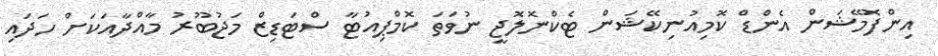
އިންފޮމޭޝަން އެންޑް ކޮމިއުނިކޭޝަން ޓެކްނޮލޮޖީ ނުވަތަ ކޮމްޕިއުޓާ ސްޓަޑިޒް މަޖުބޫރު މާއްދާއަކަށް ހަދައި